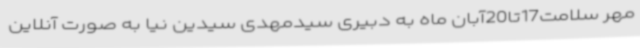
مهر سلامت17تا20آبان ماه به دبیری سیدمهدی سیدین نیا به صورت آنلاین